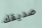
صديقك